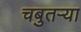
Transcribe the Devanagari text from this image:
चबुतऱ्या